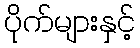
ပိုက်များနှင့်